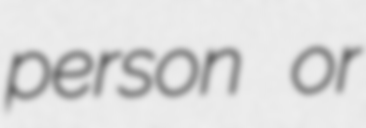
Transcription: person or